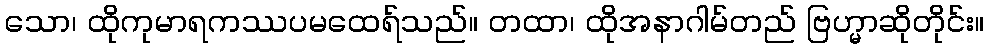
သော၊ ထိုကုမာရကဿပမထေရ်သည်။ တထာ၊ ထိုအနာဂါမ်တည် ဗြဟ္မာဆိုတိုင်း။